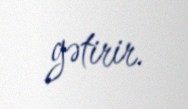
gətirir.